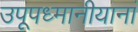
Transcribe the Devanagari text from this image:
उपूपध्मानीयानां